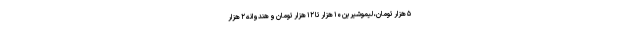
۵ هزار تومان، لیموشیرین ۱۰ هزار تا ۱۲ هزار تومان و هندوانه ۲ هزار